Vaccination in the Punjab 1897-1904 - 1897-1904
Year: 1897
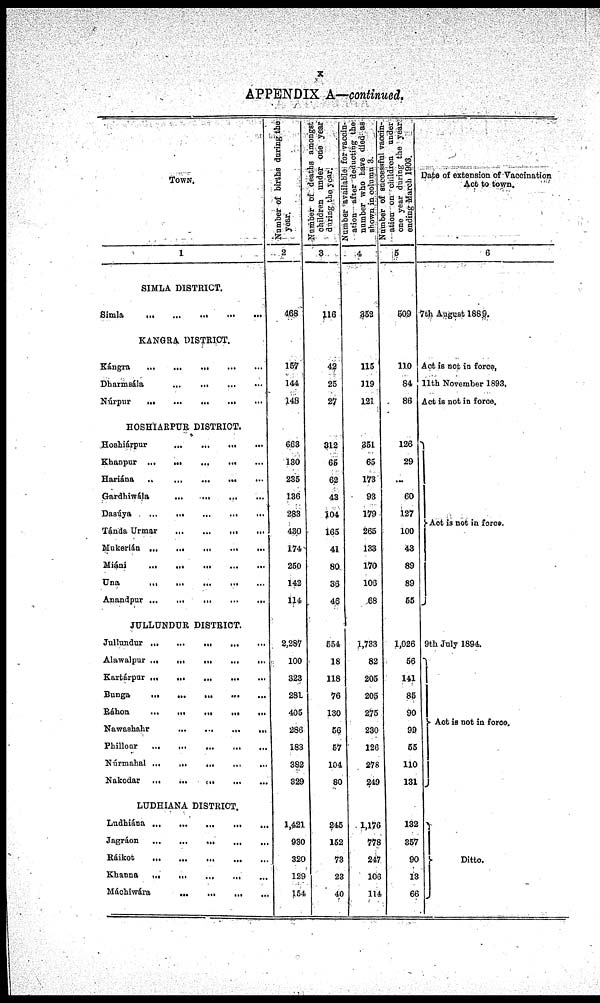
x
APPENDIX A—continued.
TOWN.
1
SIMLA DISTRICT.
Simla
...
...
...
...
...
KANGRA DISTRICT.
Kángra
...
...
...
...
...
Dharmsála ... ... ... ... ...
Núrpur
...
...
...
...
...
HOSHIARPUR DISTRICT.
Hoshiárpur
...
...
...
...
...
Khanpur
...
...
...
...
...
Hariána
...
...
...
...
...
Gardhiwála
...
...
...
...
...
Dasúya
...
...
...
...
...
Tánda Urmar
...
...
...
...
...
Mukerián
...
...
...
...
...
Miáni
...
...
...
...
...
Una
...
...
...
...
...
Anandpur
...
...
...
...
...
JULLUNDUR DISTRICT.
Jullundur
...
...
...
...
...
Alawalpur
...
...
...
...
...
Kartárpur
...
...
...
...
...
Bunga
...
...
...
...
...
Ráhon
...
...
...
...
...
Nawashahr
...
...
...
...
...
Phillour
...
...
...
...
...
Núrmahal
...
...
...
...
...
Nakodar
...
...
...
...
...
LUDHIANA DISTRICT.
Ludhiána
...
...
...
...
...
Jagráon
...
...
...
...
...
Ráikot
...
...
...
...
...
Khanna
...
...
...
...
...
Máchiwára
...
...
...
...
...
Number of births during the
year.
2
468
157
144
148
663
130
235
136
283
430
174
250
142
114
2,287
100
323
281
405
286
183
382
329
1,421
930
320
129
154
Number of deaths amongst
children under one year
during the year.
3
116
42
25
27
312
65
62
43
104
165
41
80
36
46
554
18
118
76
130
56
57
104
80
245
152
73
23
40
Number available for vaccin¬
ation after deducting the
number who have died as
shown in column 3.
4
352
115
119
121
351
65
173
93
179
265
133
170
106
68
1,733
82
205
205
275
230
126
278
249
1,176
778
247
106
114
Number of successful vaccin-
ation on children under
one year during the year
ending March 1903.
5
509
110
84
86
126
29
...
60
127
100
43
89
89
55
1,026
56
141
85
90
99
55
110
131
132
357
90
13
66
Date of extension of Vaccination
Act to town.
6
7th August 1889.
Act is not in force.
11th November 1893.
Act is not in force.
Act is not in force.
9th July 1894.
Act is not in force.
Ditto.